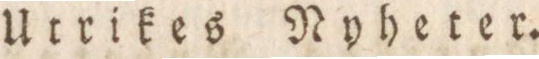
Utrikes Nyheter.